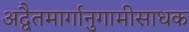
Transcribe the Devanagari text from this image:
अद्वैतमार्गानुगामीसाधक